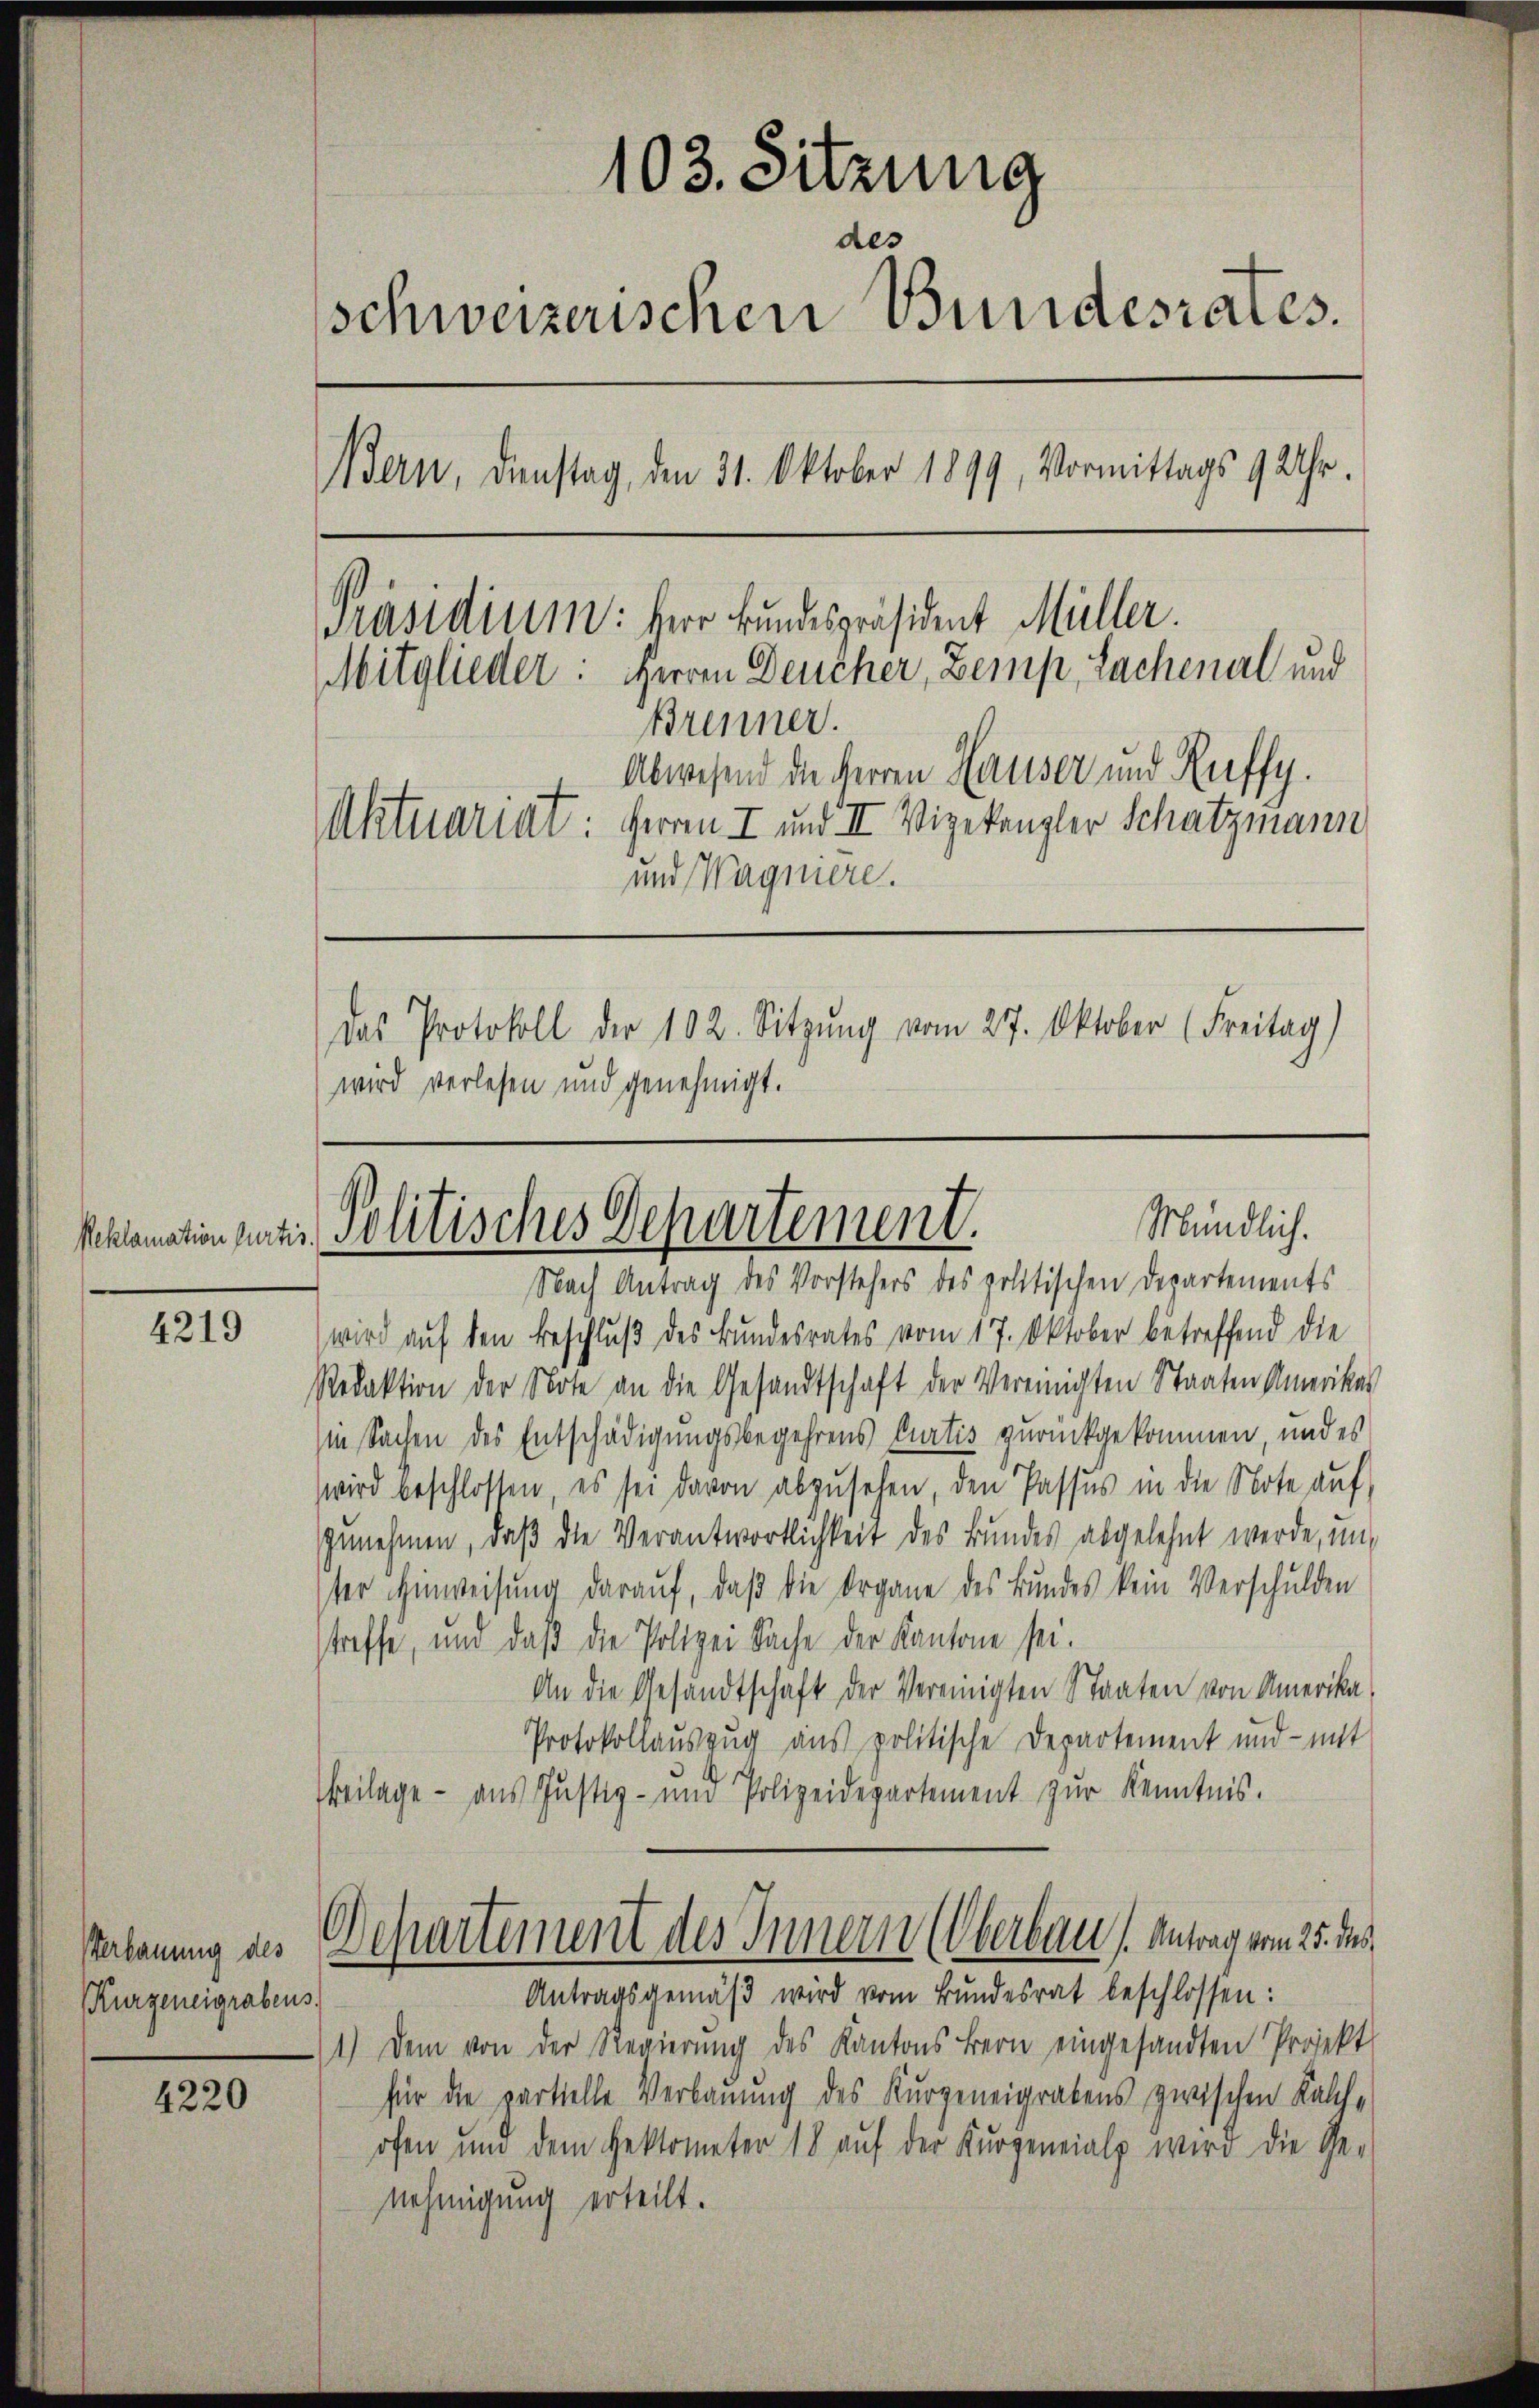
Reklamation Curtis

4219

Verbauung des
Kurzeneigrabens.

4220

103. Sitzung
schweizerischen Bundesrates.
Bern, denstag, den 31. Oktober 1899, Vormittags 9 Uhr.
Präsidium: Herr Bundespräsident Müller.
Mitglieder: Herren Deucher, Zemp, Sachenal und
Brenner.
Abwesend die Herren Hauser und Ruffy.
Aktuariat: Herren I und II Vizekanzler Schatzmann
und Wagniere.
Das Protokoll der 102. Sitzŭng vom 27. Oktober (Freitag)

wird verlesen und genehmigt.

Mündlich.
Politisches Departement.

Nach Antrag des Vorstehers des politischen Departements
wird auf den Beschluß des Bundesrates vom 17. Oktober betreffend die
Redaktion der Note an die Gesandtschaft der Vereinigten Staaten Amerikas
in Sachen des Entschädigungsbegehrens Curtis zurückgekommen, und es
wird beschlossen, es sei davon abzusehen, den Passus in die Note auf
Genehmen, daß die Verantwortlichkeit des Bundes abgelehnt werde, un
ster Hinweisung darauf, daß die Organe des Bundes kein Verschulden
streffe, und daß die Polizei Sache der Kantone sei.
An die Gesandtschaft der Vereinigten Staaten von Amerika,
Protokollauszug aus politische Departement und mit
s
Weilage - aus Justiz- und Polizeidepartement zŭr Kenntnis.
Departement des Innern (Oberbau Antrag vom 25. des
Antragsgemäβ wird vom Bundesrat beschlossen:
1.) Dem von der Regierŭng des Kantons Bern eingesandten Projekt
für die partielle Verbauung des Kurgeneigrabens zwischen Kalchofen um dem Hektometer 18 auf der Kurgeneialp wird die Ge-
nehmigung erteilt.